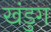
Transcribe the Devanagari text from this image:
खंडुग